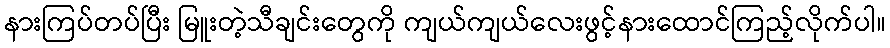
နားကြပ်တပ်ပြီး မြူးတဲ့သီချင်းတွေကို ကျယ်ကျယ်လေးဖွင့်နားထောင်ကြည့်လိုက်ပါ။